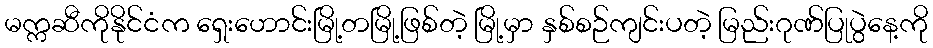
မက္ကဆီကိုနိုင်ငံက ရှေးဟောင်းမြို့တမြို့ဖြစ်တဲ့ မြို့မှာ နှစ်စဉ်ကျင်းပတဲ့ မြည်းဂုဏ်ပြုပွဲနေ့ကို